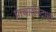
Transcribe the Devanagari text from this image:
प्राचार्यपदाची